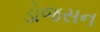
ડોજસન